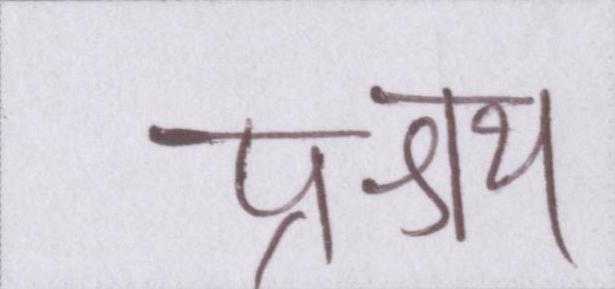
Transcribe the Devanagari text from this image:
प्रश्रय